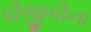
પીજીપીના